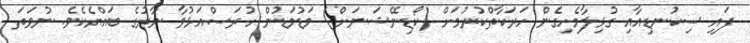
ފައި ސިކުނޑިއާއި ގުޅިލާމެހިގެން ހަރަކާތްކުރުމަށް (ކޯޑިނޭޝަނަށް) މަޑުމަޑުން ހުރަސްއަޅުވާ ނާރުގެ ބައްޔެކެވެ. ނުވަތަ